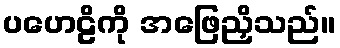
ပဟေဠိကို အဖြေညှိသည်။